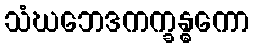
သံဃဘေဒကက္ခန္ဓကော